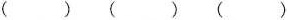
() () ()